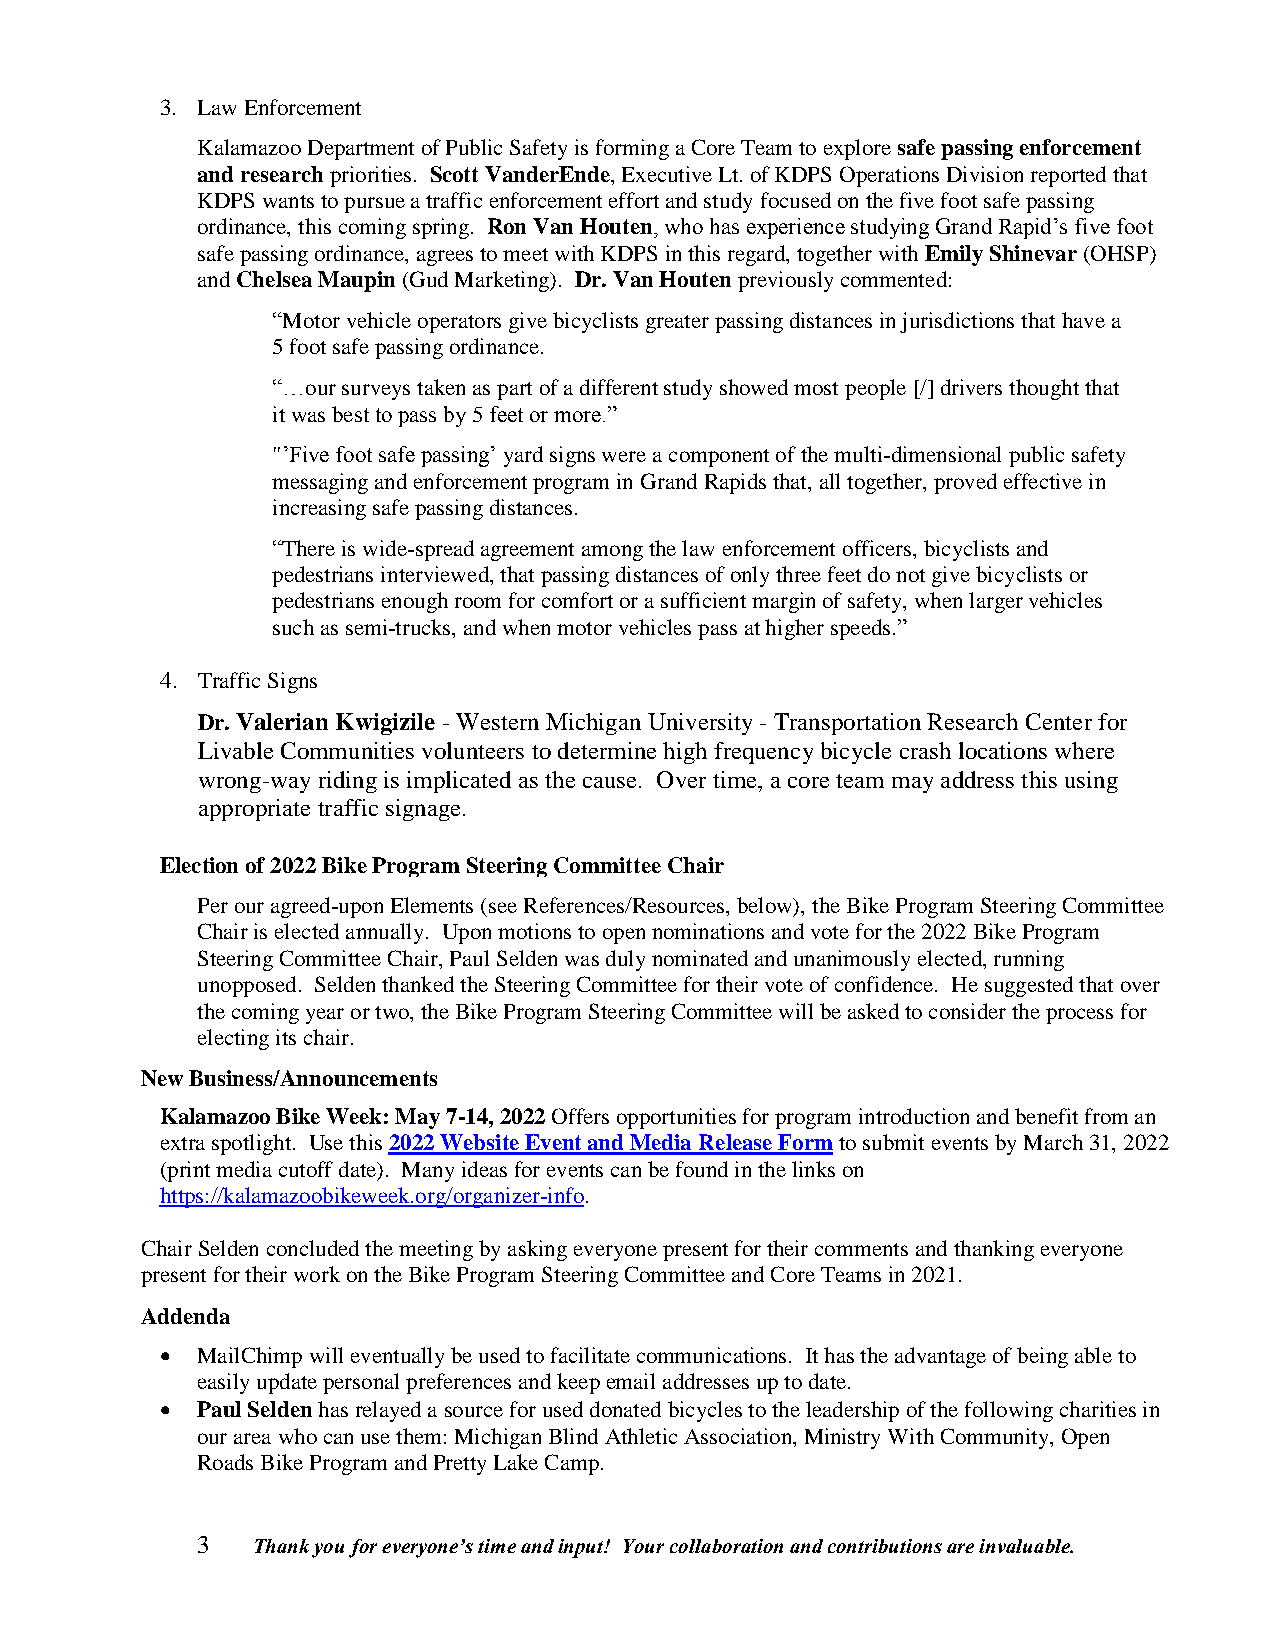
3. Law Enforcement
 Kalamazoo Department of Public Safety is forming a Core Team to explore safe passing enforcement
 and research priorities. Scott VanderEnde, Executive Lt. of KDPS Operations Division reported that
 KDPS wants to pursue a traffic enforcement effort and study focused on the five foot safe passing
 ordinance, this coming spring. Ron Van Houten, who has experience studying Grand Rapid’s five foot
 safe passing ordinance, agrees to meet with KDPS in this regard, together with Emily Shinevar (OHSP)
 and Chelsea Maupin (Gud Marketing). Dr. Van Houten previously commented:
 “Motor vehicle operators give bicyclists greater passing distances in jurisdictions that have a
 5 foot safe passing ordinance.
 “…our surveys taken as part of a different study showed most people [/] drivers thought that
 it was best to pass by 5 feet or more.”
 "’Five foot safe passing’ yard signs were a component of the multi-dimensional public safety
 messaging and enforcement program in Grand Rapids that, all together, proved effective in
 increasing safe passing distances.
 “There is wide-spread agreement among the law enforcement officers, bicyclists and
 pedestrians interviewed, that passing distances of only three feet do not give bicyclists or
 pedestrians enough room for comfort or a sufficient margin of safety, when larger vehicles
 such as semi-trucks, and when motor vehicles pass at higher speeds.”
 4. Traffic Signs
 Dr. Valerian Kwigizile - Western Michigan University - Transportation Research Center for
 Livable Communities volunteers to determine high frequency bicycle crash locations where
 wrong-way riding is implicated as the cause. Over time, a core team may address this using
 appropriate traffic signage.
 Election of 2022 Bike Program Steering Committee Chair
 Per our agreed-upon Elements (see References/Resources, below), the Bike Program Steering Committee
 Chair is elected annually. Upon motions to open nominations and vote for the 2022 Bike Program
 Steering Committee Chair, Paul Selden was duly nominated and unanimously elected, running
 unopposed. Selden thanked the Steering Committee for their vote of confidence. He suggested that over
 the coming year or two, the Bike Program Steering Committee will be asked to consider the process for
 electing its chair.
 New Business/Announcements
 Kalamazoo Bike Week: May 7-14, 2022 Offers opportunities for program introduction and benefit from an
 extra spotlight. Use this 2022 Website Event and Media Release Form to submit events by March 31, 2022
 (print media cutoff date). Many ideas for events can be found in the links on
 https://kalamazoobikeweek.org/organizer-info.
 Chair Selden concluded the meeting by asking everyone present for their comments and thanking everyone
 present for their work on the Bike Program Steering Committee and Core Teams in 2021.
 Addenda
  MailChimp will eventually be used to facilitate communications. It has the advantage of being able to
 easily update personal preferences and keep email addresses up to date.
  Paul Selden has relayed a source for used donated bicycles to the leadership of the following charities in
 our area who can use them: Michigan Blind Athletic Association, Ministry With Community, Open
 Roads Bike Program and Pretty Lake Camp.
 3   Thank you for everyone’s time and input! Your collaboration and contributions are invaluable.